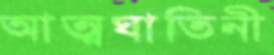
আত্মঘাতিনী